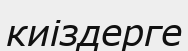
киіздерге